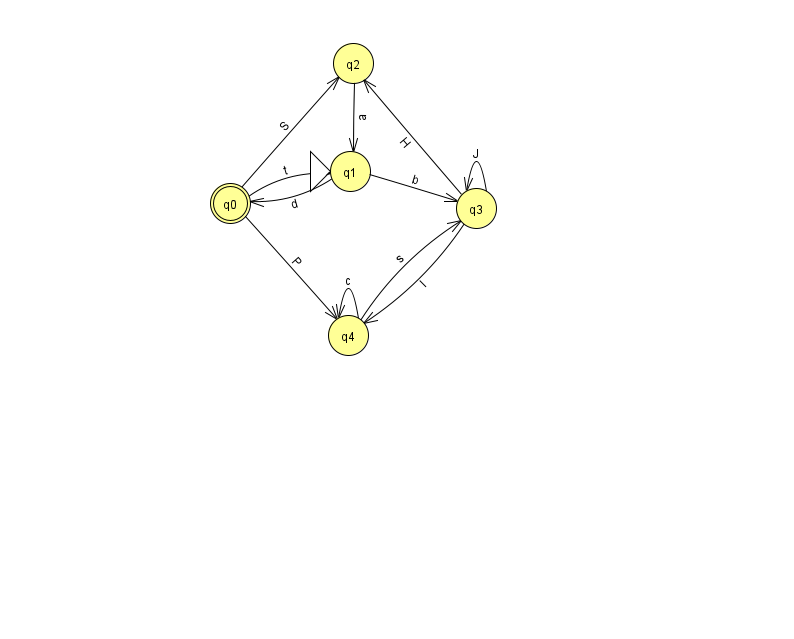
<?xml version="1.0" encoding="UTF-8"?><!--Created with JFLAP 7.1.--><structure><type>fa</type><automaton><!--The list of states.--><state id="0" name="q0"><x>230.0</x><y>190.0</y><final/></state><state id="1" name="q1"><x>350.0</x><y>158.0</y><initial/></state><state id="2" name="q2"><x>353.0</x><y>50.0</y></state><state id="3" name="q3"><x>476.0</x><y>195.0</y></state><state id="4" name="q4"><x>348.0</x><y>322.0</y></state><!--The list of transitions.--><transition><from>0</from><to>4</to><read>P</read></transition><transition><from>0</from><to>2</to><read>S</read></transition><transition><from>4</from><to>4</to><read>c</read></transition><transition><from>4</from><to>3</to><read>s</read></transition><transition><from>2</from><to>1</to><read>a</read></transition><transition><from>3</from><to>3</to><read>J</read></transition><transition><from>1</from><to>3</to><read>b</read></transition><transition><from>3</from><to>2</to><read>H</read></transition><transition><from>3</from><to>4</to><read>I</read></transition><transition><from>0</from><to>1</to><read>t</read></transition><transition><from>1</from><to>0</to><read>d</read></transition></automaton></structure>